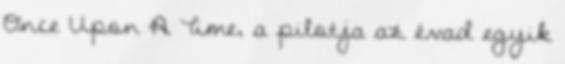
Once Upon A Time, a pilotja az évad egyik